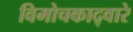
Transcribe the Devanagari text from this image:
विमोचकाद्वारे